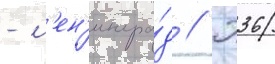
- л'ен'ингра́д // П36